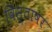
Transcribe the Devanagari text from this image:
विस्ताषर